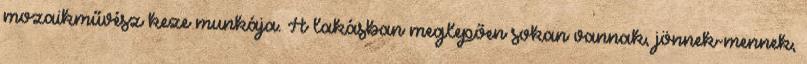
mozaikművész keze munkája. A lakásban meglepően sokan vannak, jönnek-mennek,